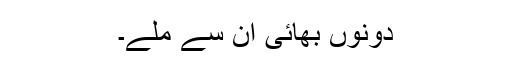
دونوں بھائی ان سے ملے۔